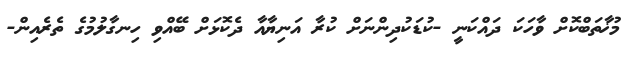
މުޚާތަބްކޮށް ވާހަކަ ދައްކަނީ -ކުޑަކުދިންނަށް ކުރާ އަނިޔާއާ ދެކޮޅަށް ބޭއްވި ހިނގާލުމުގެ ތެރެއިން-